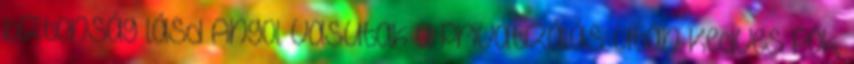
biztonság lásd Angol vasutak a privatizálás után Kedves Pók,